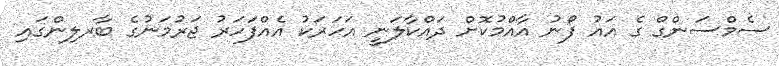
ސެމްސަންގް ގެ އައު ފޯނު އާއްމުކޮށް ދައްކާލަނީ އަހަރަކު އެއްފަހަރު ޖަރުމަނުގެ ބާރލިންގައި